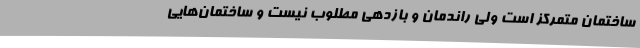
ساختمان متمرکز است ولی راندمان و بازدهی مطلوب نیست و ساختمان‌هایی